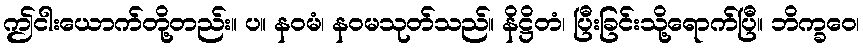
ဤငါးယောက်တို့တည်း။ ပ။ နဝမံ၊ နဝမသုတ်သည်။ နိဋ္ဌိတံ၊ ပြီးခြင်းသို့ရောက်ပြီ။ ဘိက္ခဝေ၊